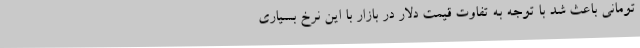
تومانی باعث شد با توجه به تفاوت قیمت دلار در بازار با این نرخ بسیاری